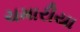
ચમારીયા